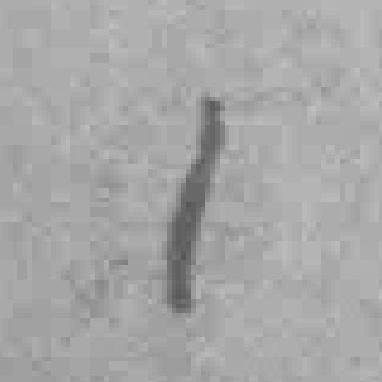
1